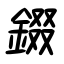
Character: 錣